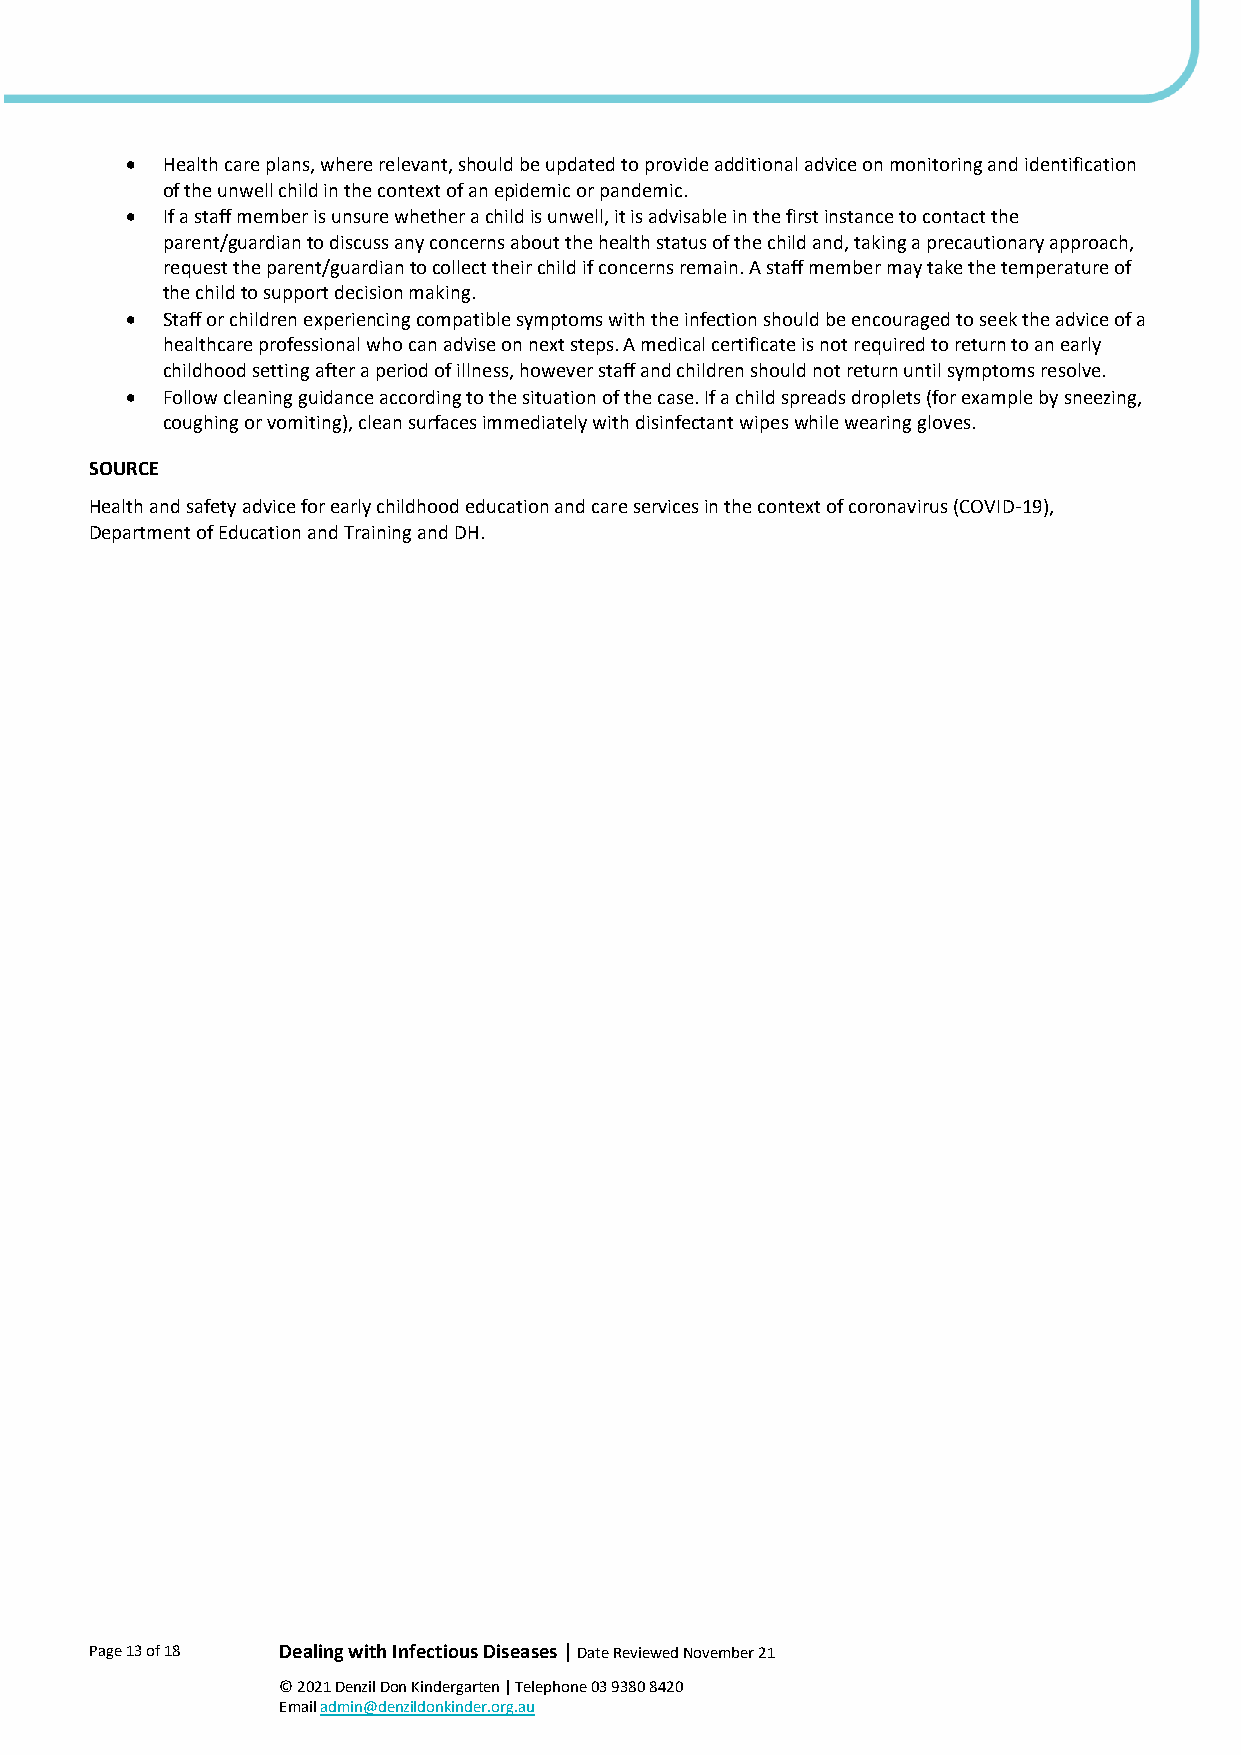
•  Health care plans, where relevant, should be updated to provide additional advice on monitoring and identification
 of the unwell child in the context of an epidemic or pandemic.
 •  If a staff member is unsure whether a child is unwell, it is advisable in the first instance to contact the
 parent/guardian to discuss any concerns about the health status of the child and, taking a precautionary approach,
 request the parent/guardian to collect their child if concerns remain. A staff member may take the temperature of
 the child to support decision making.
 •  Staff or children experiencing compatible symptoms with the infection should be encouraged to seek the advice of a
 healthcare professional who can advise on next steps. A medical certificate is not required to return to an early
 childhood setting after a period of illness, however staff and children should not return until symptoms resolve.
 •  Follow cleaning guidance according to the situation of the case. If a child spreads droplets (for example by sneezing,
 coughing or vomiting), clean surfaces immediately with disinfectant wipes while wearing gloves.
 SOURCE
 Health and safety advice for early childhood education and care services in the context of coronavirus (COVID-19),
 Department of Education and Training and DH.
 Page 13 of 18 Dealing with Infectious Diseases | Date Reviewed November 21
 © 2021 Denzil Don Kindergarten | Telephone 03 9380 8420
 Email admin@denzildonkinder.org.au